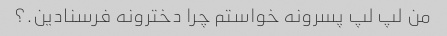
من لپ لپ پسرونه خواستم چرا دخترونه فرسنادین.؟